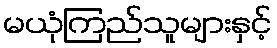
မယုံကြည်သူများနှင့်